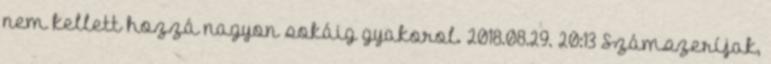
nem kellett hozzá nagyon sokáig gyakorol. 2018.08.29. 20:13 Számszeríjak,